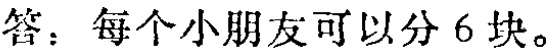
答：每个小朋友可以分 6 块。